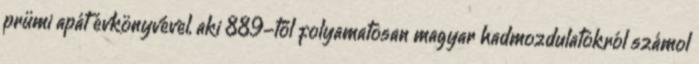
prümi apát évkönyvével, aki 889-től folyamatosan magyar hadmozdulatokról számol